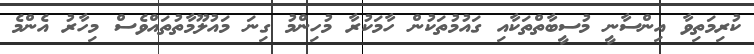
ކުރިމަތިވާ އިންސާނީ މުސީބާތްތަކާއި ގައުމުތަކުން ހާމަކުރާ މުހިންމު ގިނަ މައުލޫމާތުތައްވެސް މިހާރު އެންމެ